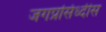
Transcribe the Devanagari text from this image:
जगप्रसिध्दीस